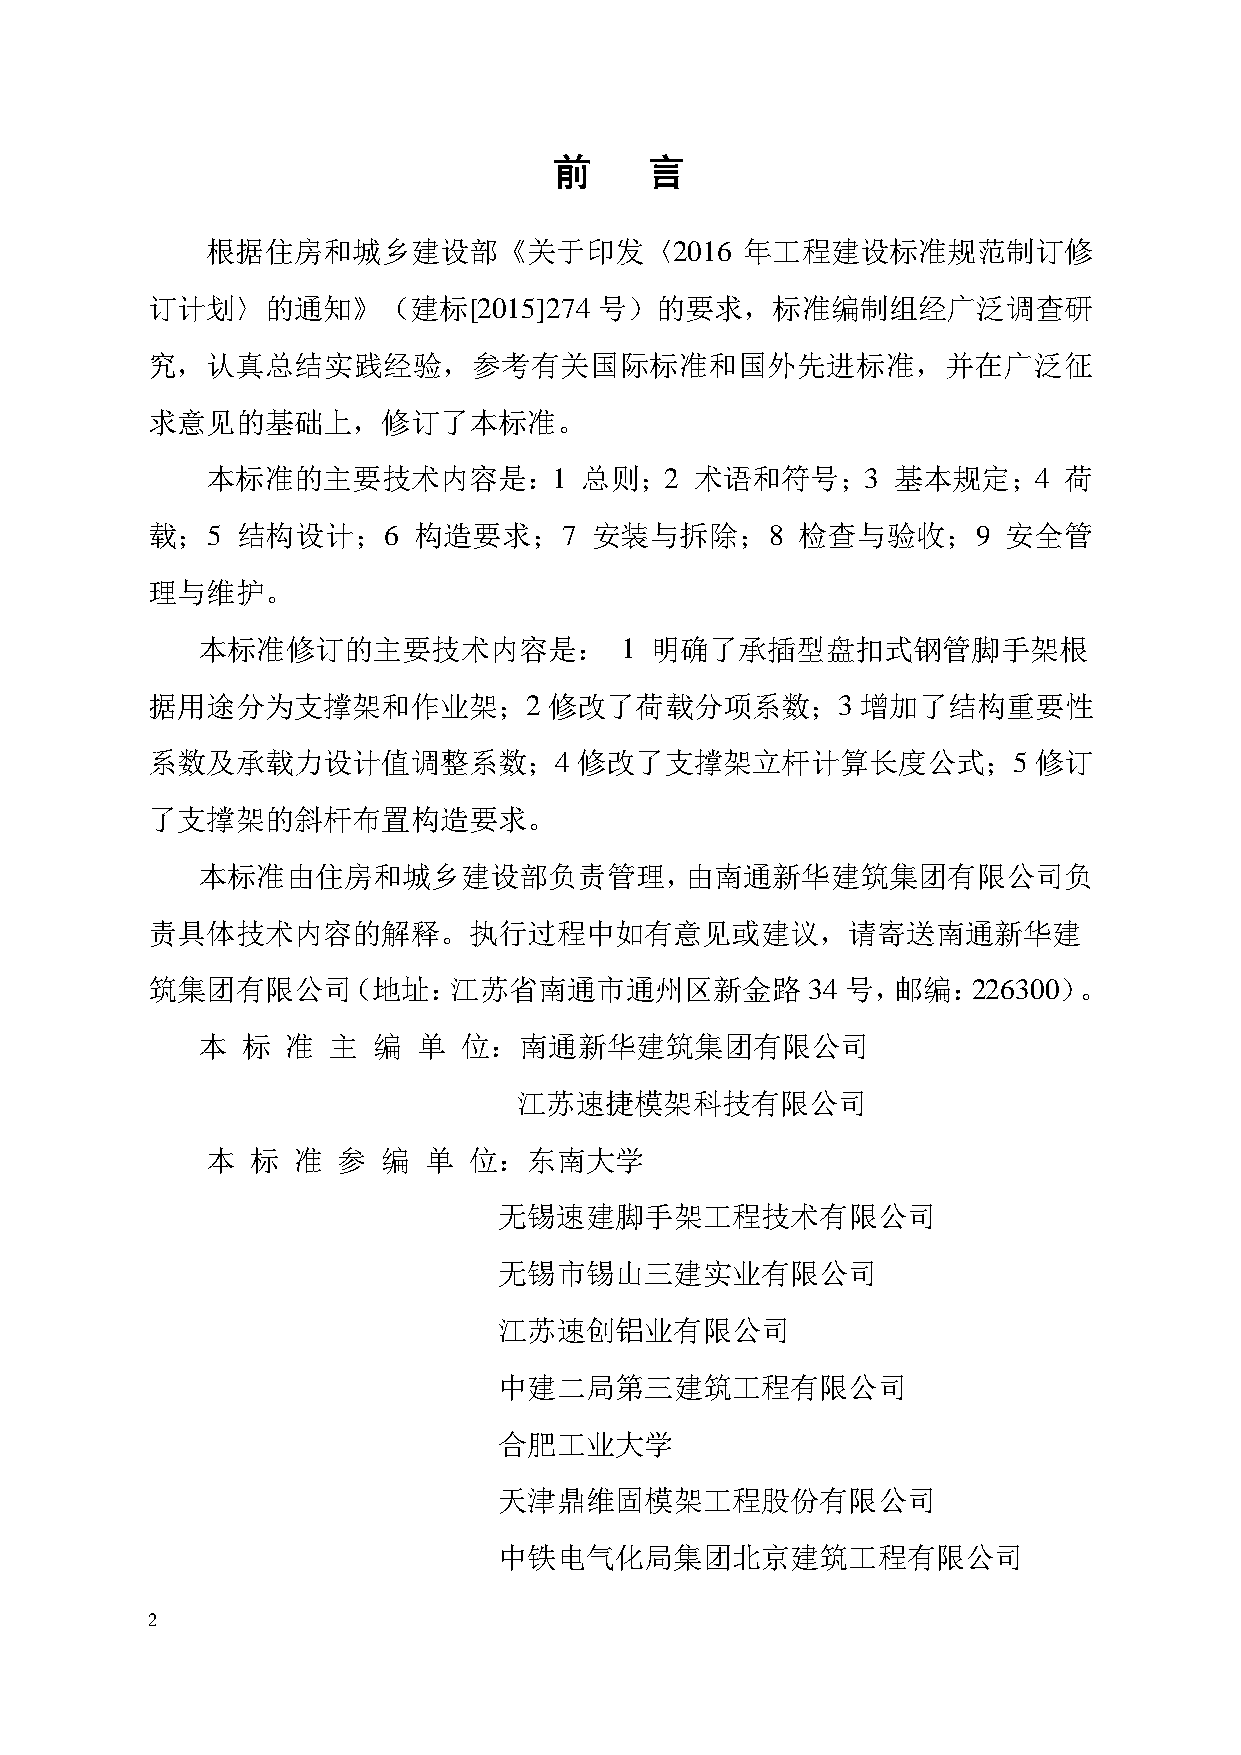
前     言
 根据住房和城乡建设部《关于印发〈2016               年工程建设标准规范制订修
 订计划〉的通知》（建标[2015]274          号）的要求，标准编制组经广泛调查研
 究，认真总结实践经验，参考有关国际标准和国外先进标准，并在广泛征
 求意见的基础上，修订了本标准。
 本标准的主要技术内容是：1           总则；2    术语和符号；3      基本规定；4     荷
 载；5   结构设计；6     构造要求；7      安装与拆除；8       检查与验收；9       安全管
 理与维护。
 本标准修订的主要技术内容是：              1 明确了承插型盘扣式钢管脚手架根
 据用途分为支撑架和作业架；2            修改了荷载分项系数；3          增加了结构重要性
 系数及承载力设计值调整系数；4             修改了支撑架立杆计算长度公式；5              修订
 了支撑架的斜杆布置构造要求。
 本标准由住房和城乡建设部负责管理，由南通新华建筑集团有限公司负
 责具体技术内容的解释。执行过程中如有意见或建议，请寄送南通新华建
 筑集团有限公司（地址：江苏省南通市通州区新金路                    34 号，邮编：226300）。
 本  标  准  主  编  单 位：南通新华建筑集团有限公司
 江苏速捷模架科技有限公司
 本  标 准  参  编  单  位：东南大学
 无锡速建脚手架工程技术有限公司
 无锡市锡山三建实业有限公司
 江苏速创铝业有限公司
 中建二局第三建筑工程有限公司
 合肥工业大学
 天津鼎维固模架工程股份有限公司
 中铁电气化局集团北京建筑工程有限公司
 2